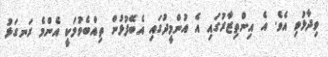
ވިދާޅުވި އެވެ. އެ އިންތިޒާރުގައި އެ އުންމީދުގައި އެބޭފުޅުން ތިއްބެވުމަކީ އެންމެ ރަނގަޅު